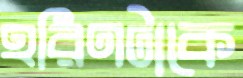
হরিণটাকে